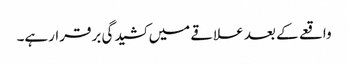
واقعے کے بعد علاقے میں کشیدگی برقرارہے۔